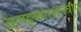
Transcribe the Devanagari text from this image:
अलङ्कारशास्त्रीय